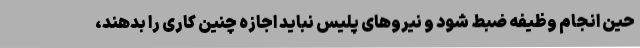
حین انجام وظیفه ضبط شود و نیروهای پلیس نباید اجازه چنین کاری را بدهند،